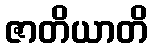
ဇာတိယာတိ